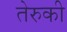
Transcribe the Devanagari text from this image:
तेरुकी